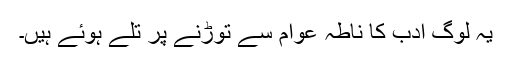
یہ لوگ ادب کا ناطہ عوام سے توڑنے پر تلے ہوئے ہیں۔